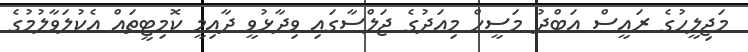
މަޖިލީހުގެ ރައީސް އަބްދު މަސީހް މިއަދުގެ ޖަލްސާގައި ވިދާޅުވީ ދާއިމީ ކޮމިޓީތައް އެކުލަވާލުމުގެ